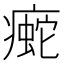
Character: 𰣿